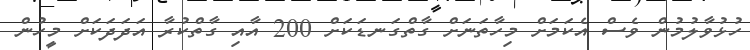
ހުޅުވާލުމުން ވެސް އެކަމަށް މިހާތަނަށް ގާތްގަނޑަކަށް 200 އާއި ގާތްކުރާ އަދަދަކަށް މީހުން